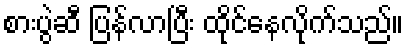
စားပွဲဆီ ပြန်လာပြီး ထိုင်နေလိုက်သည်။